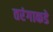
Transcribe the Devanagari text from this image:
तरंगाकडे